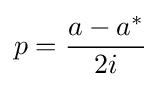
p={\frac {a-a^{*}}{2i}}